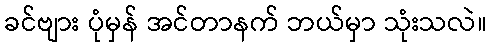
ခင်ဗျား ပုံမှန် အင်တာနက် ဘယ်မှာ သုံးသလဲ။